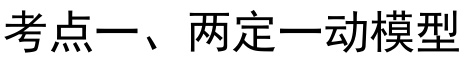
考点一、两定一动模型